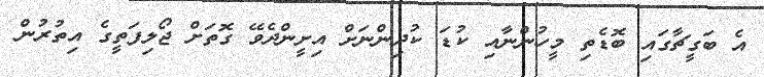
އެ ބަގީޗާގައި ބޮޑެތި މީހުންނާއި ކުޑަ ކުދިންނަށް އިށީންދެވޭ ގޮތަށް ޖޯލިފަތީގެ އިތުރުން